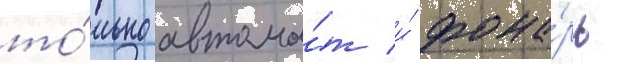
то́лько автома́т и́ фона́рь